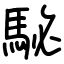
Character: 駜